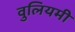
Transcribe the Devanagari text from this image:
वुलियमी